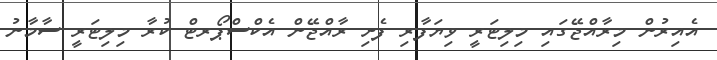
އެއިރުން މިރާއްޖޭގައި މިލިޓަރީ ވިޔަފާރި ފެށި ރާއްޖޭން އެކްސްޕޯރޓް ކުރާ މިލިޓަރީ ސާމާނު